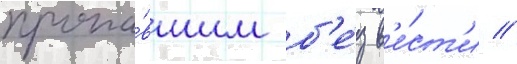
пропа́вшим б'е́з в'е́ст'и //